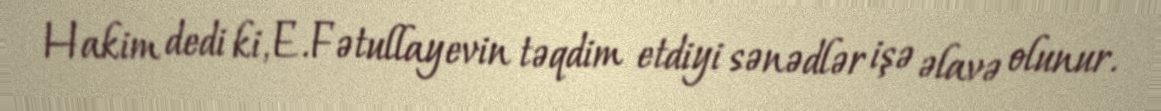
Hakim dedi ki, E.Fətullayevin təqdim etdiyi sənədlər işə əlavə olunur.